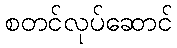
စတင်လုပ်ဆောင်